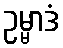
ဥမ္မာဒံ